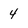
Character: 4